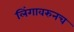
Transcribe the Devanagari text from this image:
लिंगावरुनच